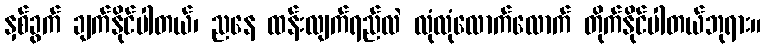
နှစ်ခွက် ချက်နိုင်ပါတယ်၊ ညနေ ထန်းလျက်ရည်လဲ လုံလုံလောက်လောက် တိုက်နိုင်ပါတယ်ဘုရား။